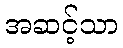
အဆင့်သာ